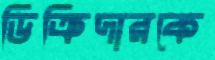
ডিক্রিদারকে